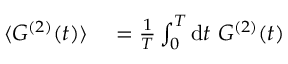
\begin{array} { r l } { \langle G ^ { ( 2 ) } ( t ) \rangle } & { { } = \frac { 1 } { T } \int _ { 0 } ^ { T } \mathrm { d } t \ G ^ { ( 2 ) } ( t ) } \end{array}